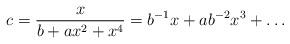
LaTeX: \begin{align*} c = \frac{x}{b + a x^2 + x^4} = b^{-1} x + a b^{-2} x^3 + \ldots\end{align*}